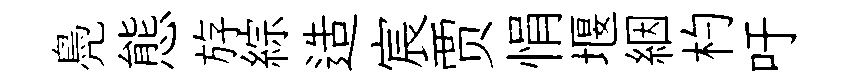
鳧態斿綜造宸贾悁堰絪杓吁